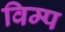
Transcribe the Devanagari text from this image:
विम्प